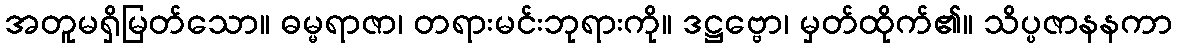
အတူမရှိမြတ်သော။ ဓမ္မရာဇာ၊ တရားမင်းဘုရားကို။ ဒဋ္ဌဗ္ဗော၊ မှတ်ထိုက်၏။ သိပ္ပဇာနနကာ